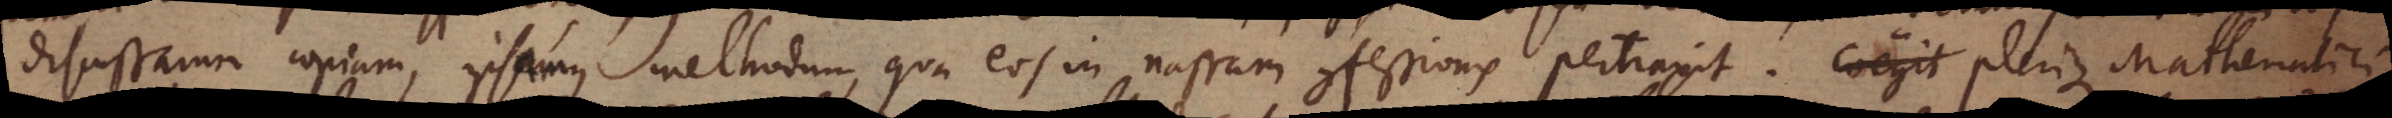
discussarum copiam, ipsamque methodum, qua eos in nassam confessionis pertraxit. Coegit Plerique Mathematici